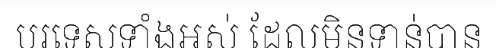
បរទេសទាំងអស់ ដែលមិនទាន់បាន